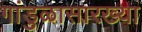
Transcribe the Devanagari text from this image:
गांडुळासारख्या